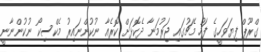
ގްރޫޕް ފިޔަވަހީގެ ފަހު މެޗުގައި ޖަރުމަނާ ދެކޮޅަށް ކޮރެއާ ނުކުންނައިރު މެކްސިކޯ ނުކުންނާނީ